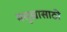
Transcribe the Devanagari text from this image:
मसुद्यासाठी